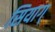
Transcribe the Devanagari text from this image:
सियाग्